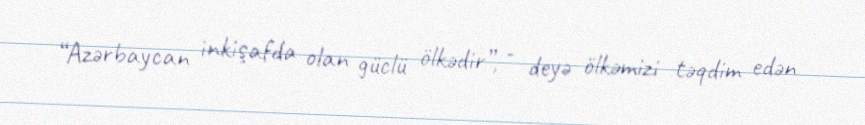
“Azərbaycan inkişafda olan güclü ölkədir”, - deyə ölkəmizi təqdim edən